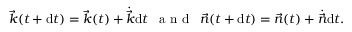
\vec { k } ( t + \mathrm { d } t ) = \vec { k } ( t ) + \dot { \vec { k } } \mathrm { d } t \enspace \mathrm { ~ a ~ n ~ d ~ } \enspace \vec { n } ( t + \mathrm { d } t ) = \vec { n } ( t ) + \dot { \vec { n } } \mathrm { d } t .